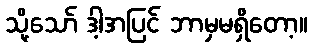
သို့သော် ဒါ့အပြင် ဘာမှမရှိတော့။